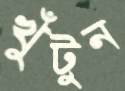
খুঁটুন